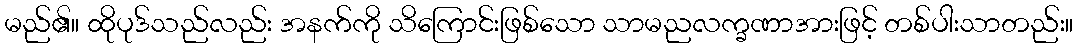
မည်၏။ ထိုပုဒ်သည်လည်း အနက်ကို သိကြောင်းဖြစ်သော သာမညလက္ခဏာအားဖြင့် တစ်ပါးသာတည်း။